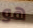
هو